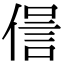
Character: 𠌜